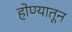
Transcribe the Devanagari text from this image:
होण्यातून